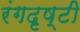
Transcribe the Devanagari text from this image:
रंगदृष्टी